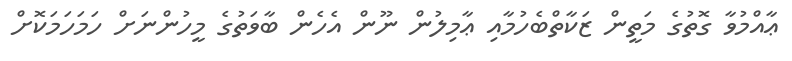
ޢާއްމުވާ ގޮތުގެ މަތީން ޒަކާތްބެހުމާއި ޢާމިލުން ނޫން އެހެން ބާވަތުގެ މީހުންނަށް ހަމަހަމަކޮށް